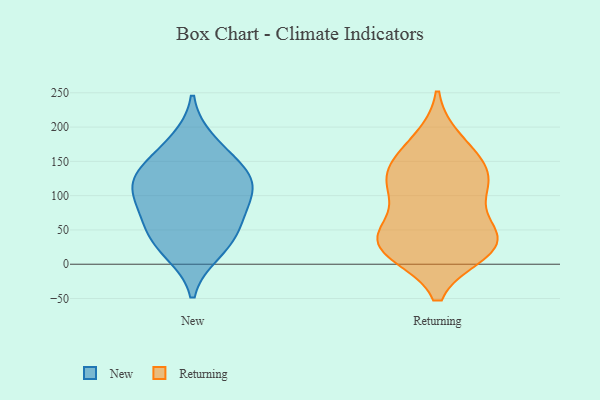
{"axis": {"x": "Backlog", "y": "Value"}, "legend": ["New", "Returning"], "data": [{"x": "", "y": 18, "type": "New"}, {"x": "", "y": 179, "type": "New"}, {"x": "", "y": 66, "type": "New"}, {"x": "", "y": 113, "type": "New"}, {"x": "", "y": 30, "type": "New"}, {"x": "", "y": 84, "type": "New"}, {"x": "", "y": 51, "type": "New"}, {"x": "", "y": 134, "type": "New"}, {"x": "", "y": 113, "type": "New"}, {"x": "", "y": 117, "type": "New"}, {"x": "", "y": 151, "type": "New"}, {"x": "", "y": 125, "type": "Returning"}, {"x": "", "y": 21, "type": "Returning"}, {"x": "", "y": 134, "type": "Returning"}, {"x": "", "y": 34, "type": "Returning"}, {"x": "", "y": 36, "type": "Returning"}, {"x": "", "y": 106, "type": "Returning"}, {"x": "", "y": 37, "type": "Returning"}, {"x": "", "y": 180, "type": "Returning"}, {"x": "", "y": 132, "type": "Returning"}, {"x": "", "y": 56, "type": "Returning"}, {"x": "", "y": 165, "type": "Returning"}, {"x": "", "y": 110, "type": "Returning"}, {"x": "", "y": 25, "type": "Returning"}, {"x": "", "y": 19, "type": "Returning"}]}